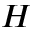
H